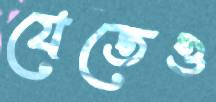
যেতেও